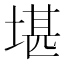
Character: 堪